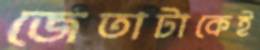
জেতাটাকেই